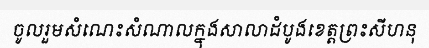
ចូលរួមសំណេះសំណាលក្នុងសាលាដំបូងខេត្តព្រះសីហនុ